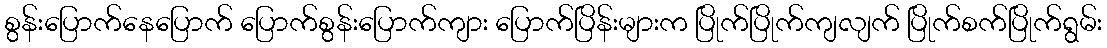
စွန်းပြောက်နေပြောက် ပြောက်စွန်းပြောက်ကျား ပြောက်ပြိန်းများက ပြိုက်ပြိုက်ကျလျက် ပြိုက်စက်ပြိုက်ရွမ်း